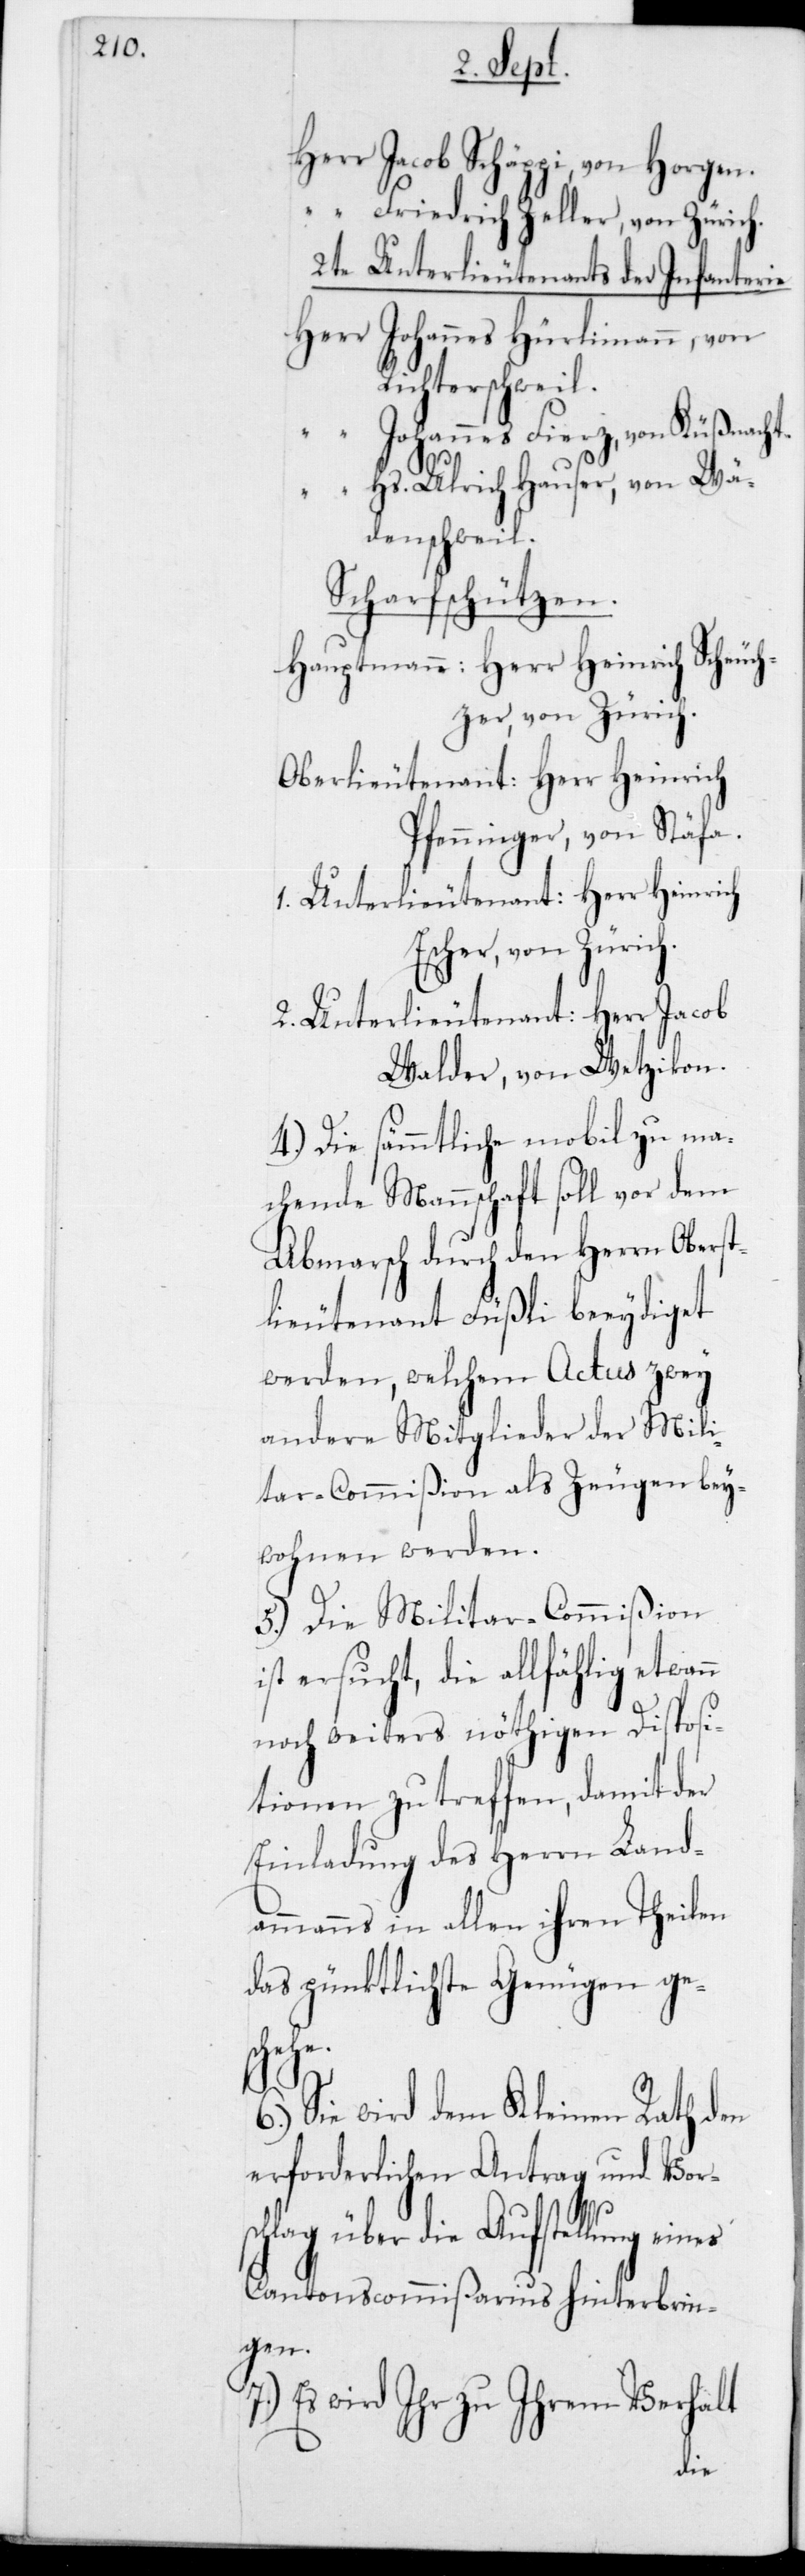
Herr Jacob Schäppi, von Horgen.
“ Friedrich Zeller, von Zürich.
2te Unterlieutenants der Infanterie.
Herr Johannes Hürlimann, von
Richterschweil.
“ Johannes Fierz, von Küßnacht.
“ Hs. Ulrich Hauser, von Wä¬
denschweil.
Scharfschützen.
Hauptmann: Herr Heinrich Scheuc¬
her, von Zürich.
Oberlieutenant: Herr Heinrich
Pfenninger, von Stäfa.
1. Unterlieutenant: Herr Heinrich
2. Unterlieutenant: Herr Jacob
Walder, von Wetzikon.
4.) Die sämmtliche mobil zu ma¬
chende Mannschaft soll vor dem
Abmarsch durch den Herrn Oberst¬
lieutenant Füßli beeydiget
werden, welchem Actus zwey
andere Mitglieder der Mili¬
tar-Commißion als Zeugen bey¬
wohnen werden.
5.) Die Militar-Commißion
ist ersucht, die allfählig etwan¬
noch weiters nöthigen Disposi¬
tionen zu treffen, damit der
Einladung des Herrn Land¬
ammanns in allen ihren Theilen
das pünktlichste Genügen ge¬
7.)
Sie wird dem Kleinen Rath den
erforderlichen Antrag und Vor¬
schlag über die Aufstellung eines
Cantonscommißarius hinterbrin¬
gen.
Es wird Ihr zu ihrem Verhalt